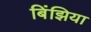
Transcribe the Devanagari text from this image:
बिंझिया